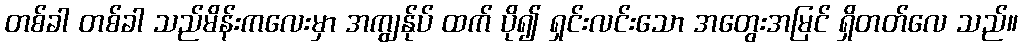
တစ်ခါ တစ်ခါ သည်မိန်းကလေးမှာ အကျွန်ုပ် ထက် ပို၍ ရှင်းလင်းသော အတွေးအမြင် ရှိတတ်လေ သည်။